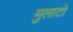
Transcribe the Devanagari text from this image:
मुलाटो